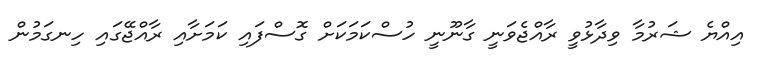
އިއްޔެ ޝަރުމާ ވިދާޅުވީ ރާއްޖެވަނީ ގާނޫނީ ހުސްކަމަކަށް ގޮސްފައި ކަމަށާއި ރާއްޖޭގައި ހިނގަމުން